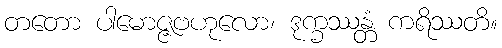
တတော ပါမောဇ္ဇဗဟုလော၊ ဒုက္ခဿန္တံ ကရိဿတိ။